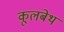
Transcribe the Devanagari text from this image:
कूलबेथ